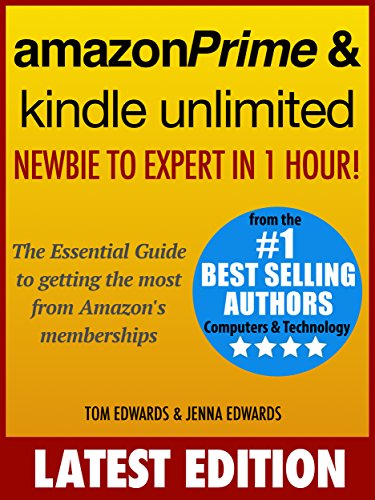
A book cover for Amazon Prime & Kindle Unlimited: Newbie to Expert in 1 Hour!: The Essential Guide to Getting the Most from Amazon's Memberships; Tom Edwards; Computers & Technology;